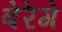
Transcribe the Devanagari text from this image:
बेरेंगे